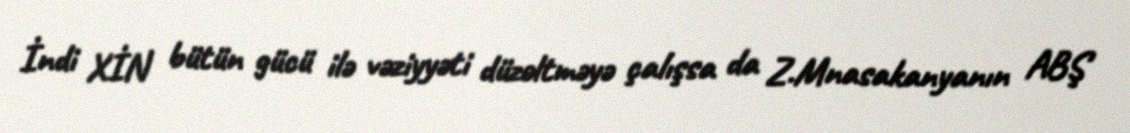
İndi XİN bütün gücü ilə vəziyyəti düzəltməyə çalışsa da Z.Mnasakanyanın ABŞ